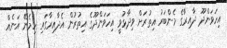
އިހަވަންދޫ ދާއިރާގެ މެންބަރު އިތުރަށް ވިދާޅުވީ އިހަވަންދޫގެ އިތުރުން އެދާއިރާގައި ހިމެނޭ އަނެއް